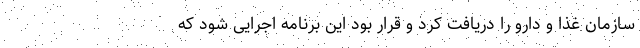
سازمان غذا و دارو را دریافت کرد و قرار بود این برنامه اجرایی شود که